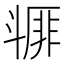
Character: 𣂇